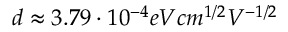
d \approx 3 . 7 9 \cdot 1 0 ^ { - 4 } e V { c m } ^ { 1 / 2 } { V } ^ { - 1 / 2 }